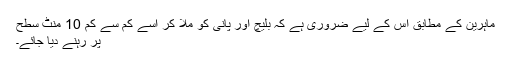
ماہرین کے مطابق اس کے لیے ضروری ہے کہ بلیچ اور پانی کو ملا کر اسے کم سے کم 10 منٹ سطح
پر رہنے دیا جائے۔